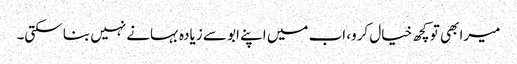
میرا بھی تو کچھ خیال کرو، اب میں اپنے ابو سے زیادہ بہانے نہیں بنا سکتی۔